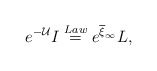
\begin{align*}e^{-\mathcal{U}}I\stackrel{Law}{=}e^{\overline{\xi}_{\infty}}L,\end{align*}